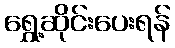
ရွှေ့ဆိုင်းပေးရန်